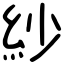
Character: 紗